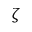
\zeta